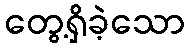
တွေ့ရှိခဲ့သော